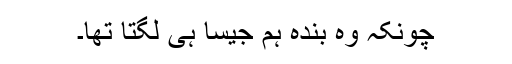
چونکہ وہ بندہ ہم جیسا ہی لگتا تھا۔